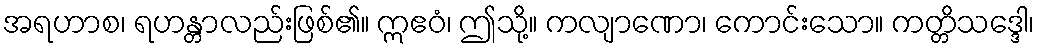
အရဟာစ၊ ရဟန္တာလည်းဖြစ်၏။ ဣဧဝံ၊ ဤသို့။ ကလျာဏော၊ ကောင်းသော။ ကတ္တိသဒ္ဒေါ၊